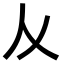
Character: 𠆥